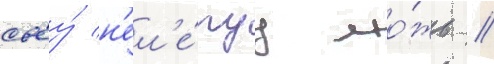
своу́ н'ел'е́пуу ло́жь /